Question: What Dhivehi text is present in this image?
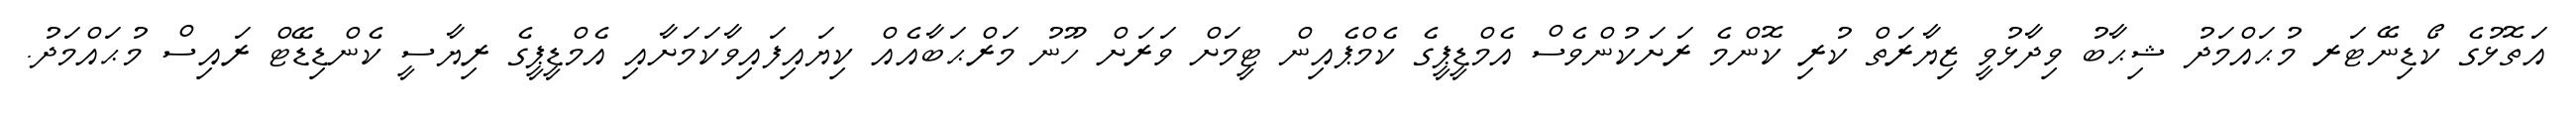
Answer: އަތޮޅުގެ ކޯޑިނޭޓަރ މުޙައްމަދު ޝިޙާބު ވިދާޅުވީ ޒިޔާރަތް ކުރި ކޮންމެ ރަށަކުންވެސް އެމްޑީޕީގެ ކެމްޕެއިން ޓީމަށް ވަރަށް ހޫނު މަރްޙަބާއެއް ކިޔައިފައިވާކަމަށާއި އެމްޑީޕީގެ ރިޔާސީ ކެންޑިޑޭޓް ރައިސް މުޙައްމަދު.